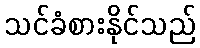
သင်ခံစားနိုင်သည်